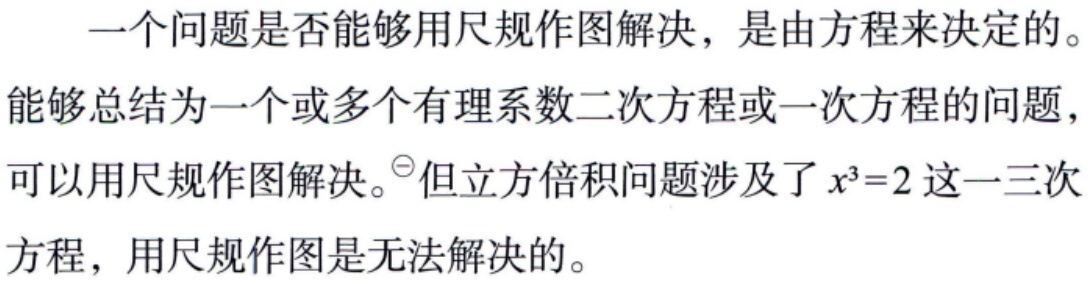
一个问题是否能够用尺规作图解决，是由方程来决定的。
能够总结为一个或多个有理系数二次方程或一次方程的问题，
可以用尺规作图解决。$^{\ominus}$但立方倍积问题涉及了\(x^{3}=2\)这一三次
方程，用尺规作图是无法解决的。